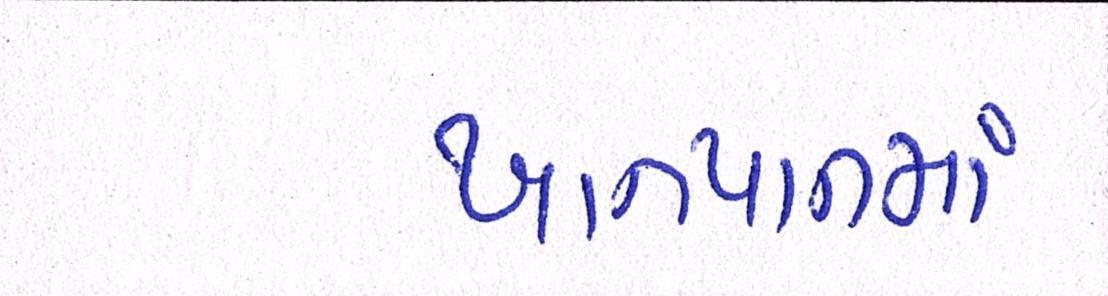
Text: ખાનપાનમાં